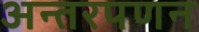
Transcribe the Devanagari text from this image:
अन्तरपणन